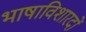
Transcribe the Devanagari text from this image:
भाषाविशारदों